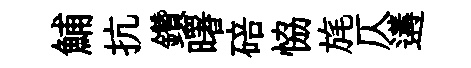
鯆抗鑽曙碚恊旄仄遘